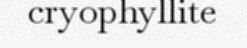
cryophyllite